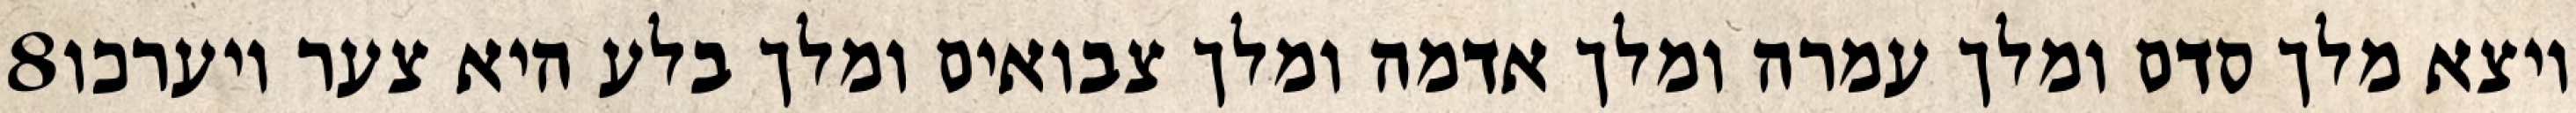
‎8‏ ויצא מלך סדם ומלך עמרה ומלך אדמה ומלך צבואים ומלך בלע היא צער ויערכו